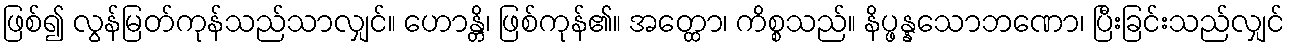
ဖြစ်၍ လွန်မြတ်ကုန်သည်သာလျှင်။ ဟောန္တိ၊ ဖြစ်ကုန်၏။ အတ္ထော၊ ကိစ္စသည်။ နိပ္ဖန္နသောဘဏော၊ ပြီးခြင်းသည်လျှင်